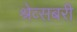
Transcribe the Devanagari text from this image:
श्रेव्सबरी